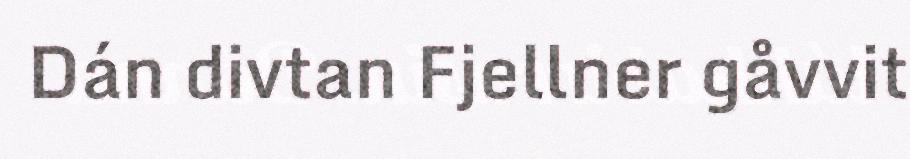
Dán divtan Fjellner gåvvit